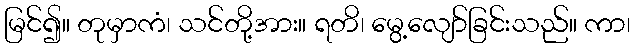
မြင်၍။ တုမှာကံ၊ သင်တို့အား။ ရတိ၊ မွေ့လျော်ခြင်းသည်။ ကာ၊